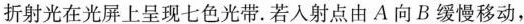
折射光在光屏上呈现七色光带.若入射点由A向B缓慢移动，